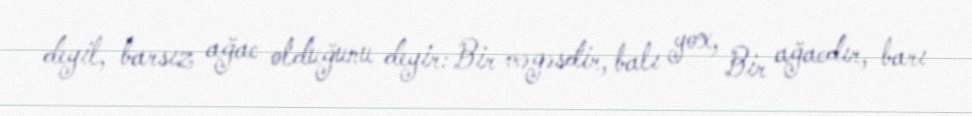
deyil, barsız ağac olduğunu deyir: Bir məgəsdir, balı yox, Bir ağacdır, barı